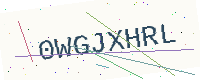
Text: 0WGJXHRL